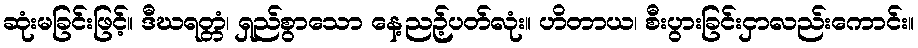
ဆုံးမခြင်းဖြင့်။ ဒီဃရတ္တံ၊ ရှည်စွာသော နေ့ညဉ့်ပတ်လုံး။ ဟိတာယ၊ စီးပွားခြင်းငှာလည်းကောင်း။